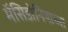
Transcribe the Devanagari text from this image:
मॅसिडोनियाच्या